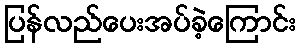
ပြန်လည်ပေးအပ်ခဲ့ကြောင်း